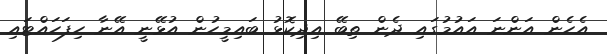
އެހެން އަންނަ އައުމުގައި ދެން ތިބޭ އިދިކޮޅު ބައިމީހުން އުޅޭނީ އޭނާ ހިފަހައްޓައި